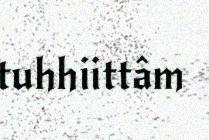
tuhhiittâm